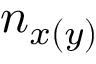
n _ { x ( y ) }